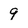
Character: 9